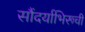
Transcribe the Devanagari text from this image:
सौंदर्याभिरूची